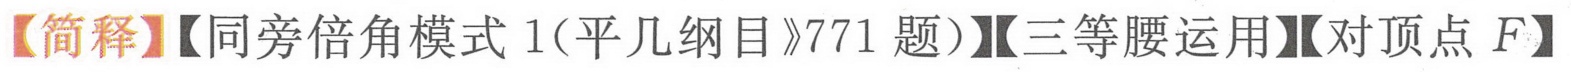
【简释】【同旁倍角模式1(平几纲目》771题)】【三等腰运用】【对顶点\(F\)】